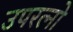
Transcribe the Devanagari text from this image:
उपरत्नो